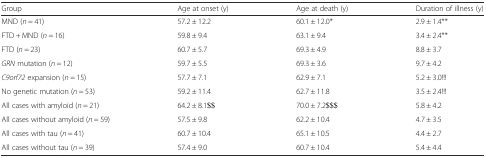
| Group | Age at onset (y) | Age at death (y) | Duration of illness (y) |
 | --- | --- | --- | --- |
 | MND (n = 41) | 57.2 ± 12.2 | 60.1 ± 12.0* | 2.9 ± 1.4** |
 | FTD + MND (n = 16) | 59.8 ± 9.4 | 63.1 ± 9.4 | 3.4 ± 2.4** |
 | FTD (n = 23) | 60.7 ± 5.7 | 69.3 ± 4.9 | 8.8 ± 3.7 |
 | GRN mutation (n = 12) | 59.7 ± 5.5 | 69.3 ± 3.6 | 9.7 ± 4.2 |
 | C9orf72 expansion (n = 15) | 57.7 ± 7.1 | 62.9 ± 7.1 | 5.2 ± 3.0!!! |
 | No genetic mutation (n = 53) | 59.2 ± 11.4 | 62.7 ± 11.8 | 3.5 ± 2.4!!! |
 | All cases with amyloid (n = 21) | 64.2 ± 8.1$$ | 70.0 ± 7.2$$$ | 5.8 ± 4.2 |
 | All cases without amyloid (n = 59) | 57.5 ± 9.8 | 62.2 ± 10.4 | 4.7 ± 3.5 |
 | All cases with tau (n = 41) | 60.7 ± 10.4 | 65.1 ± 10.5 | 4.4 ± 2.7 |
 | All cases without tau (n = 39) | 57.4 ± 9.0 | 60.7 ± 10.4 | 5.4 ± 4.4 |